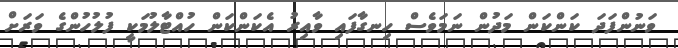
ވަނުންފަދަ ކަންކަން މަދުން ނަމަވެސް ހިނގާފައި ވާއިރު އެކަންކަން ހުއްޓާލުމަކީ ފުލުހުންގެ ވަރަށް